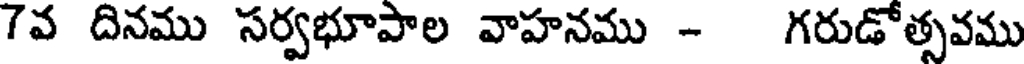
7వ దినము సర్వభూపాల వాహనము - గరుడోత్సవము